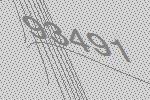
93491